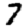
Digit: 7